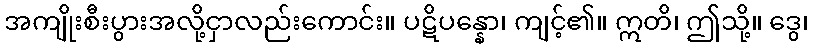
အကျိုးစီးပွားအလို့ငှာလည်းကောင်း။ ပဋိပန္နော၊ ကျင့်၏။ ဣတိ၊ ဤသို့။ ဒွေ၊